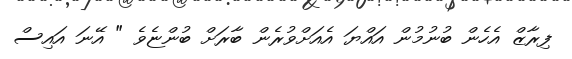
ފިރާޒް އެހެން ބުނުމުން އައްޔަ އެއަށްވުރެން ބާރަށް ބުންޏެވެ " އޭނަ އައިސް